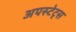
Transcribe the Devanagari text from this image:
अपस्टेट्स